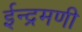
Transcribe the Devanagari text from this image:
ईन्द्रमणी